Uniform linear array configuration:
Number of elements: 12
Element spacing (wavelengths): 0.75
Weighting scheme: kaiser
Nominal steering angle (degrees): -15
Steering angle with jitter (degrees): -14.799
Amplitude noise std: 0.05
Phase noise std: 0.05

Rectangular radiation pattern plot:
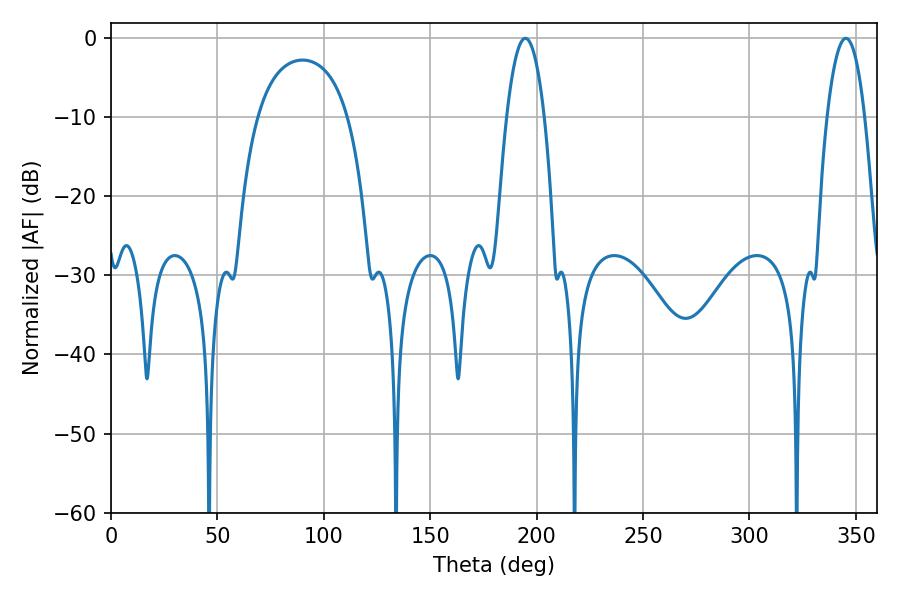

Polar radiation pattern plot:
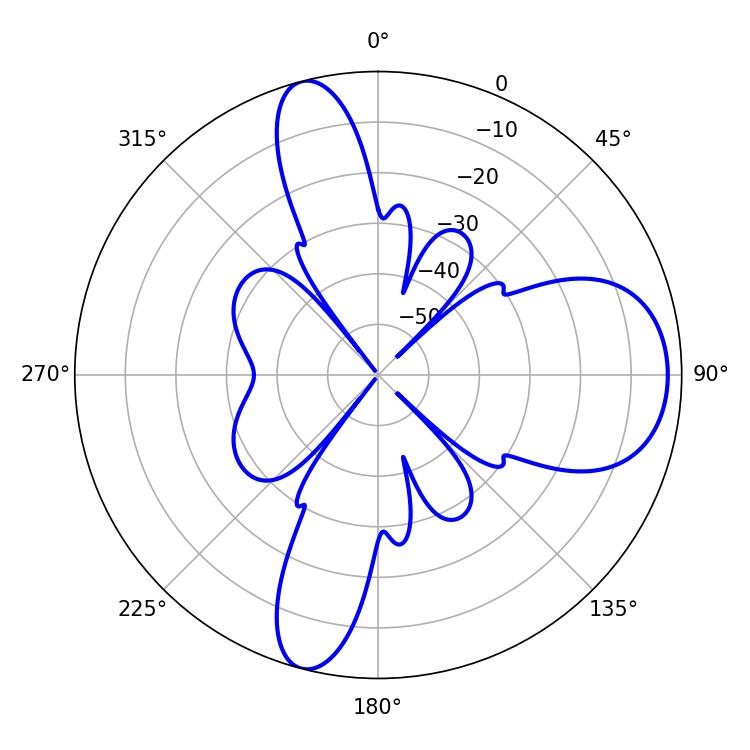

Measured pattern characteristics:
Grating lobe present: TRUE
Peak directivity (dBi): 10.481
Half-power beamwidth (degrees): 9.9
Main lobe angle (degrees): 194.58